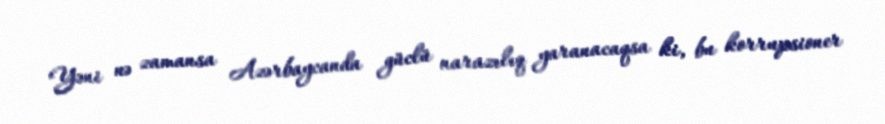
Yəni nə zamansa Azərbaycanda güclü narazılıq yaranacaqsa ki, bu korrupsioner